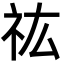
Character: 𮁟